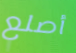
أصلع